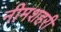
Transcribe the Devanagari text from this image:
नीमशहरी